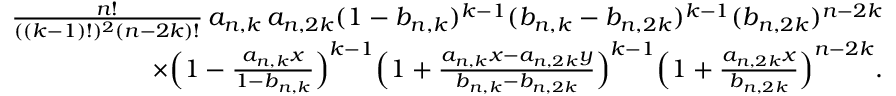
\begin{array} { r } { \frac { n ! } { ( ( k - 1 ) ! ) ^ { 2 } ( n - 2 k ) ! } \, a _ { n , k } \, a _ { n , 2 k } ( 1 - b _ { n , k } ) ^ { k - 1 } ( b _ { n , k } - b _ { n , 2 k } ) ^ { k - 1 } ( b _ { n , 2 k } ) ^ { n - 2 k } } \\ { \times \Big ( 1 - \frac { a _ { n , k } x } { 1 - b _ { n , k } } \Big ) ^ { k - 1 } \Big ( 1 + \frac { a _ { n , k } x - a _ { n , 2 k } y } { b _ { n , k } - b _ { n , 2 k } } \Big ) ^ { k - 1 } \Big ( 1 + \frac { a _ { n , 2 k } x } { b _ { n , 2 k } } \Big ) ^ { n - 2 k } . } \end{array}